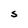
Character: S